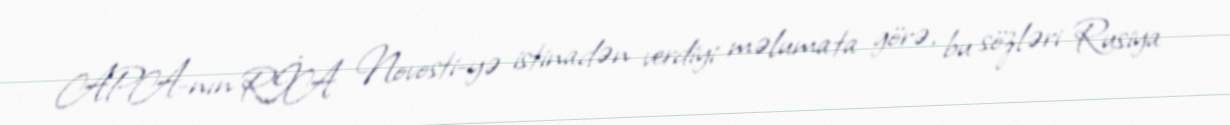
APA-nın RİA Novosti-yə istinadən verdiyi məlumata görə, bu sözləri Rusiya